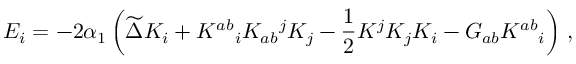
{ \cal E } _ { i } = - 2 \alpha _ { 1 } \left( \widetilde { \Delta } K _ { i } + K ^ { a b } { } _ { i } K _ { a b } { } ^ { j } K _ { j } - { \frac { 1 } { 2 } } K ^ { j } K _ { j } K _ { i } - { \cal G } _ { a b } K ^ { a b } { } _ { i } \right) \, ,